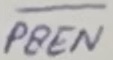
Text: PSEN